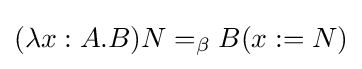
(\lambda x:A.B)N=_{\beta }B(x:=N)